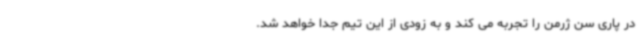
در پاری سن ژرمن را تجربه می کند و به زودی از این تیم جدا خواهد شد.